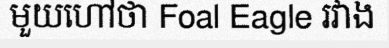
មួយហៅថា Foal Eagle រវាង